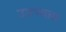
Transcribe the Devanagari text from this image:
उडण्यास